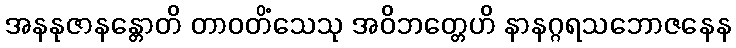
အနနုဇာနန္တောတိ တာဝတိံသေသု အဝိဘတ္တေဟိ နာနဂ္ဂရသဘောဇနေန